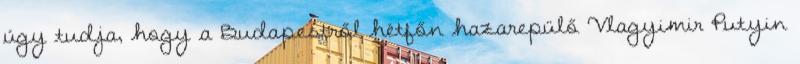
úgy tudja, hogy a Budapestről hétfőn hazarepülő Vlagyimir Putyin